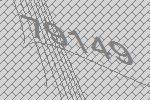
79149